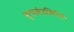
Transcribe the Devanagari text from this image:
सूपरकंडक्टिविटी